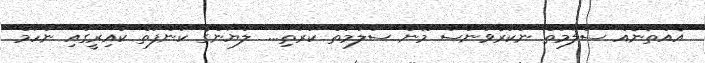
"އެއްތަނެއް ސަލާމަތް ނުކުރެވުނަސް މޫނު ސަލާމަތް ކުރާތި..." ލަޔާންގެ ކަންފަތް ކައިރީގައި ނުހާމް